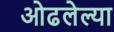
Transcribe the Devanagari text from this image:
ओढलेल्या